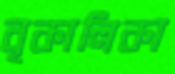
বৃকালিকা